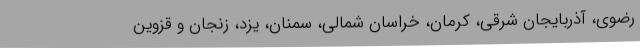
رضوی، آذربایجان شرقی، کرمان، خراسان شمالی، سمنان، یزد، زنجان و قزوین